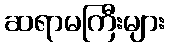
ဆရာမကြီးများ